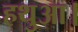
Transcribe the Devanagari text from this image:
हथुआ।